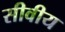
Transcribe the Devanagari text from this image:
सीवीय